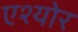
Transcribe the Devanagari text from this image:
एश्योर